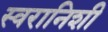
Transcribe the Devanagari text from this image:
स्वरानिशी